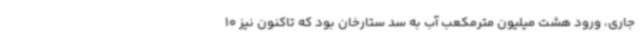
جاری، ورود هشت میلیون مترمکعب آب به سد ستارخان بود که تاکنون نیز 10